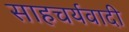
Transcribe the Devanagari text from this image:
साहचर्यवादी